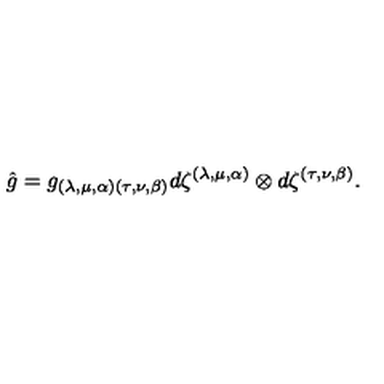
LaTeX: \hat { g } = g _ { ( \lambda , \mu , \alpha ) ( \tau , \nu , \beta ) } d \zeta ^ { ( \lambda , \mu , \alpha ) } \otimes d \zeta ^ { ( \tau , \nu , \beta ) } .